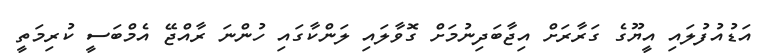
އަޑުއުފުލައި އީޔޫގެ ގަރާރަށް އިޖާބަދިނުމަށް ގޮވާލައި ލަންކާގައި ހުންނަ ރާއްޖޭ އެމްބަސީ ކުރިމަތީ